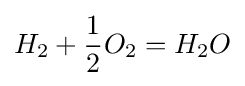
H_{2}+{\frac {1}{2}}O_{2}=H_{2}O